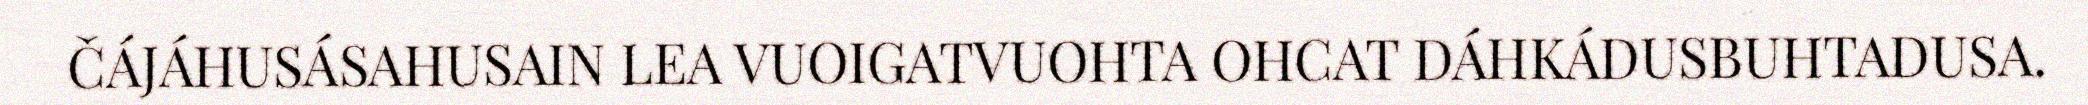
ČÁJÁHUSÁSAHUSAIN LEA VUOIGATVUOHTA OHCAT DÁHKÁDUSBUHTADUSA.